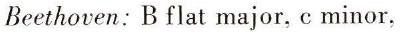
Beethoven: B flat major, c minor,